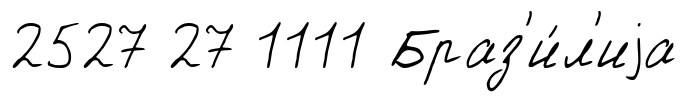
2527 27 1111 Браз'и́л'иjа